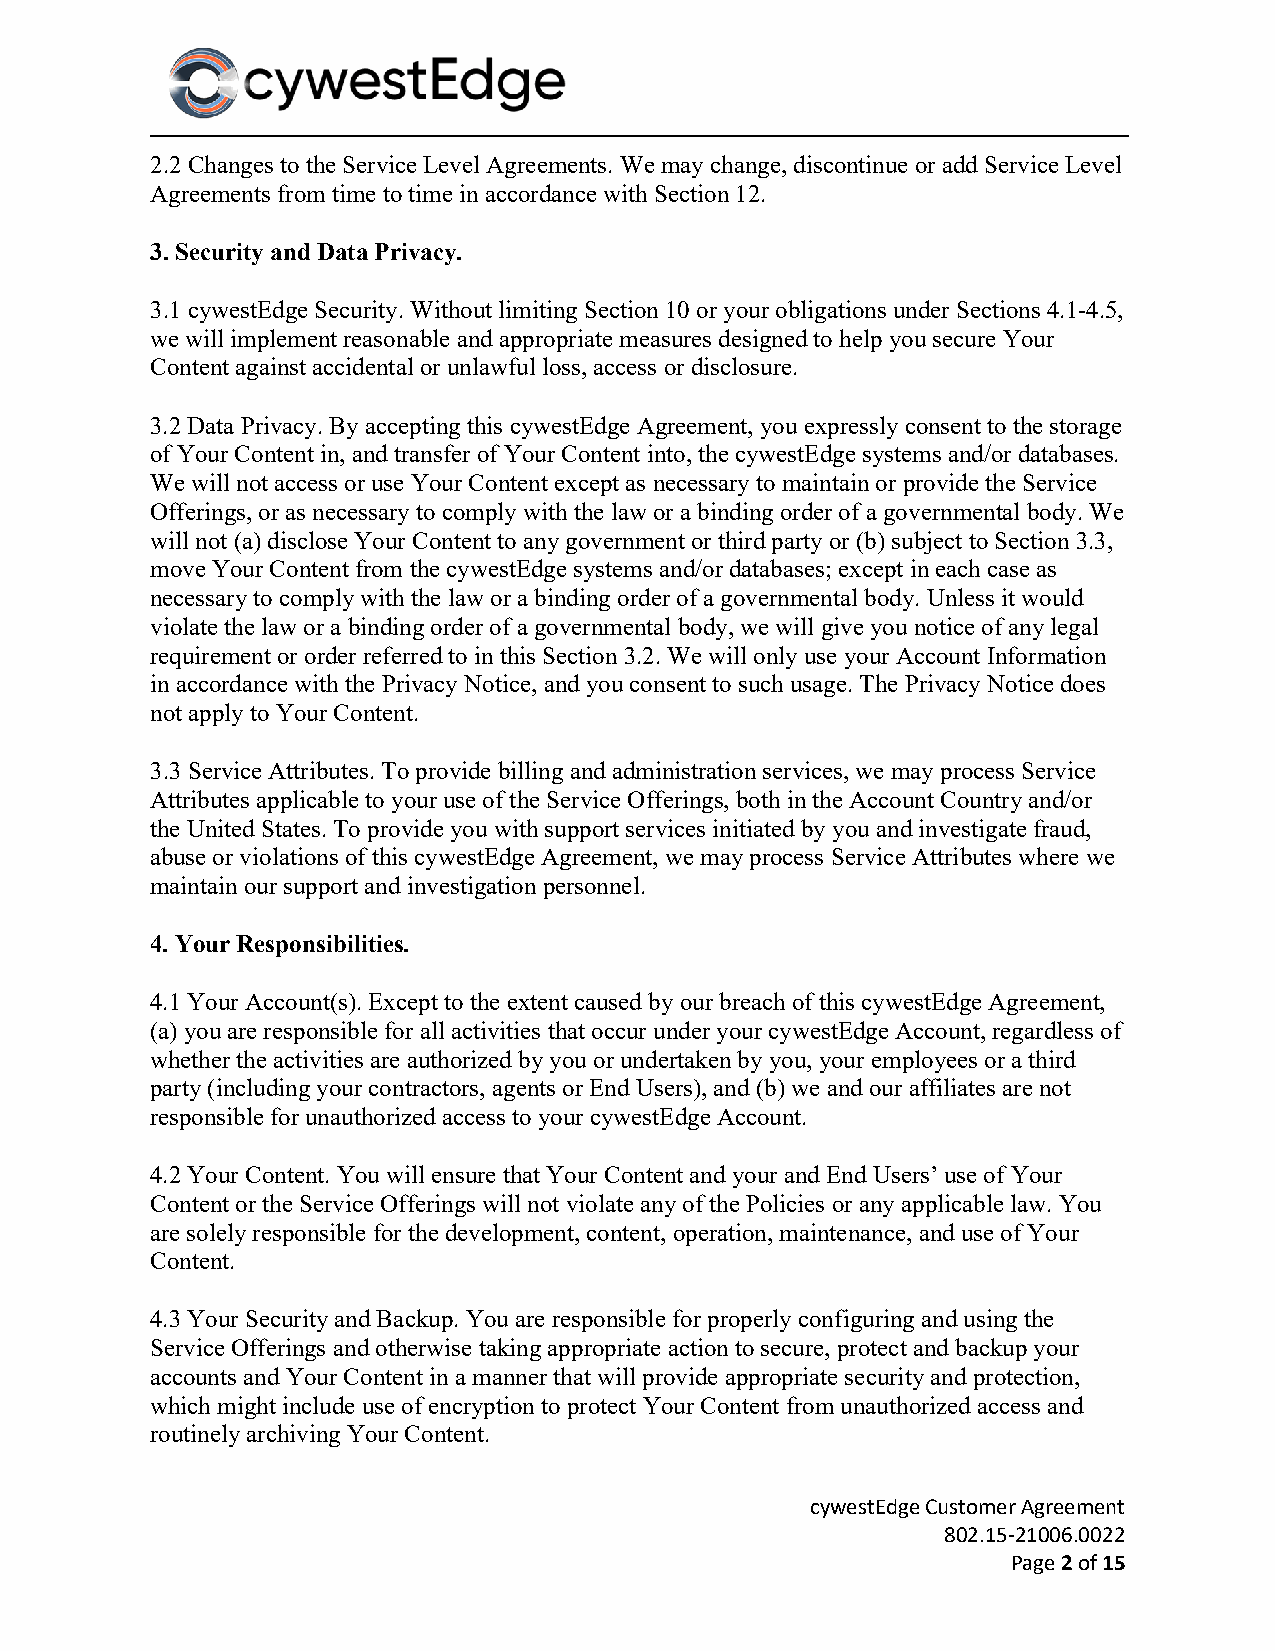
2.2 Changes to the Service Level Agreements. We may change, discontinue or add Service Level
 Agreements from time to time in accordance with Section 12.
 3. Security and Data Privacy.
 3.1 cywestEdge Security. Without limiting Section 10 or your obligations under Sections 4.1-4.5,
 we will implement reasonable and appropriate measures designed to help you secure Your
 Content against accidental or unlawful loss, access or disclosure.
 3.2 Data Privacy. By accepting this cywestEdge Agreement, you expressly consent to the storage
 of Your Content in, and transfer of Your Content into, the cywestEdge systems and/or databases.
 We will not access or use Your Content except as necessary to maintain or provide the Service
 Offerings, or as necessary to comply with the law or a binding order of a governmental body. We
 will not (a) disclose Your Content to any government or third party or (b) subject to Section 3.3,
 move Your Content from the cywestEdge systems and/or databases; except in each case as
 necessary to comply with the law or a binding order of a governmental body. Unless it would
 violate the law or a binding order of a governmental body, we will give you notice of any legal
 requirement or order referred to in this Section 3.2. We will only use your Account Information
 in accordance with the Privacy Notice, and you consent to such usage. The Privacy Notice does
 not apply to Your Content.
 3.3 Service Attributes. To provide billing and administration services, we may process Service
 Attributes applicable to your use of the Service Offerings, both in the Account Country and/or
 the United States. To provide you with support services initiated by you and investigate fraud,
 abuse or violations of this cywestEdge Agreement, we may process Service Attributes where we
 maintain our support and investigation personnel.
 4. Your Responsibilities.
 4.1 Your Account(s). Except to the extent caused by our breach of this cywestEdge Agreement,
 (a) you are responsible for all activities that occur under your cywestEdge Account, regardless of
 whether the activities are authorized by you or undertaken by you, your employees or a third
 party (including your contractors, agents or End Users), and (b) we and our affiliates are not
 responsible for unauthorized access to your cywestEdge Account.
 4.2 Your Content. You will ensure that Your Content and your and End Users’ use of Your
 Content or the Service Offerings will not violate any of the Policies or any applicable law. You
 are solely responsible for the development, content, operation, maintenance, and use of Your
 Content.
 4.3 Your Security and Backup. You are responsible for properly configuring and using the
 Service Offerings and otherwise taking appropriate action to secure, protect and backup your
 accounts and Your Content in a manner that will provide appropriate security and protection,
 which might include use of encryption to protect Your Content from unauthorized access and
 routinely archiving Your Content.
 cywestEdge Customer Agreement
 802.15-21006.0022
 Page 2 of 15